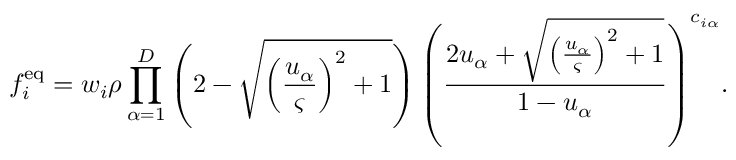
f _ { i } ^ { \mathrm { e q } } = w _ { i } \rho \prod _ { \alpha = 1 } ^ { D } \left( 2 - \sqrt { { \left( \frac { u _ { \alpha } } { \varsigma } \right) } ^ { 2 } + 1 } \right) { \left( \frac { 2 u _ { \alpha } + \sqrt { { \left( \frac { u _ { \alpha } } { \varsigma } \right) } ^ { 2 } + 1 } } { 1 - u _ { \alpha } } \right) } ^ { c _ { i \alpha } } .